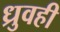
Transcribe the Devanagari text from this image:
ध्रुवही